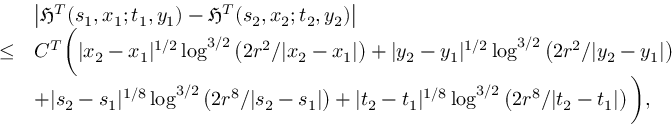
\begin{array} { r l } & { \left| \mathfrak { H } ^ { T } ( s _ { 1 } , x _ { 1 } ; t _ { 1 } , y _ { 1 } ) - \mathfrak { H } ^ { T } ( s _ { 2 } , x _ { 2 } ; t _ { 2 } , y _ { 2 } ) \right| } \\ { \leq } & { C ^ { T } \bigg ( | x _ { 2 } - x _ { 1 } | ^ { 1 / 2 } \log ^ { 3 / 2 } \left( 2 r ^ { 2 } / | x _ { 2 } - x _ { 1 } | \right) + | y _ { 2 } - y _ { 1 } | ^ { 1 / 2 } \log ^ { 3 / 2 } \left( 2 r ^ { 2 } / | y _ { 2 } - y _ { 1 } | \right) } \\ & { + | s _ { 2 } - s _ { 1 } | ^ { 1 / 8 } \log ^ { 3 / 2 } \left( 2 r ^ { 8 } / | s _ { 2 } - s _ { 1 } | \right) + | t _ { 2 } - t _ { 1 } | ^ { 1 / 8 } \log ^ { 3 / 2 } \left( 2 r ^ { 8 } / | t _ { 2 } - t _ { 1 } | \right) \bigg ) , } \end{array}